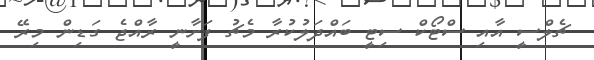
ޗެލްސީ އާއި ސްޓޯކް ސިޓީ ބައްދަލުކުރާ މެޗު ފަށާނީ ރާއްޖެ ގަޑިން މިރޭ